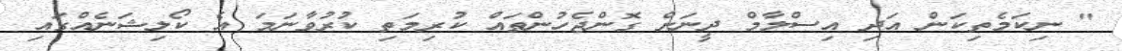
" ނިކަމެތިކަން އަދި އިސްލާމް ދީނަށް ގޮންޖެހުންތައް ކުރިމަތި ކުރުވާނަމަ އެ ކޯލިޝަނެއްގައި